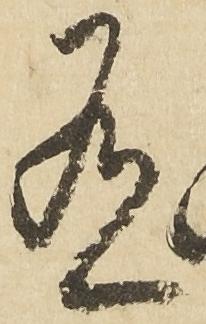
有